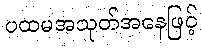
ပထမအသုတ်အနေဖြင့်